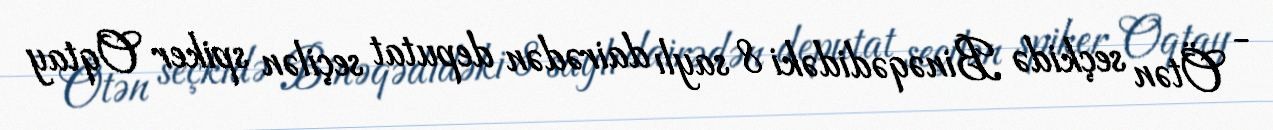
- Ötən seçkidə Binəqədidəki 8 saylı dairədən deputat seçilən spiker Oqtay